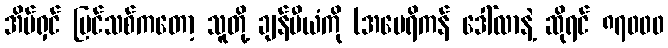
အိမ်ရှင် ပြင်သစ်ကတော့ သူတို့ ချန်ပီယံကို (အမေရိကန် ဒေါ်လာနဲ့ ဆိုရင် ၈၇၀၀၀